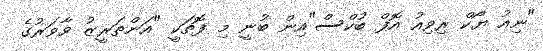
"ނިއު ޔޯކް ރިވިއު އޮފް ބުކްސް"އިން ބުނީ މި ފޮތަކީ "އަންތަރީޒު ވާވަރުގެ